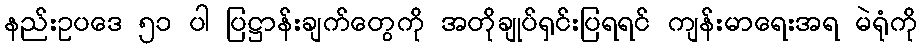
နည်းဥပဒေ ၅၁ ပါ ပြဋ္ဌာန်းချက်တွေကို အတိုချုပ်ရှင်းပြရရင် ကျန်းမာရေးအရ မဲရုံကို